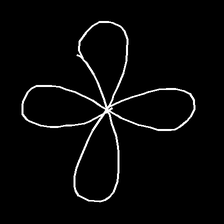
Glyph: billowing